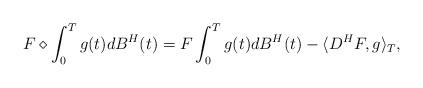
LaTeX: \begin{align*} F \diamond \int_0^T g(t) dB^{H}(t) = F \int_0^T g(t) dB^{H}(t) - \langle D^{H}F,g \rangle_{T},\end{align*}